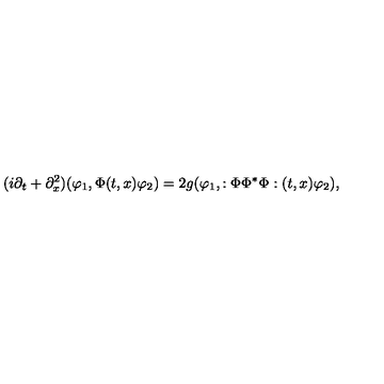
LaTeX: ( i \partial _ { t } + \partial _ { x } ^ { 2 } ) ( \varphi _ { 1 } , \Phi ( t , x ) \varphi _ { 2 } ) = 2 g ( \varphi _ { 1 } , : \Phi \Phi ^ { * } \Phi : ( t , x ) \varphi _ { 2 } ) ,